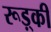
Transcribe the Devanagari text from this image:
रूड़्की